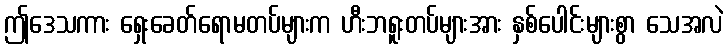
ဤဒေသကား ရှေးခေတ်ရောမတပ်များက ဟီးဘရူးတပ်များအား နှစ်ပေါင်းများစွာ သေအလဲ